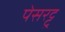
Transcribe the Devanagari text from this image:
पेसरट्टु